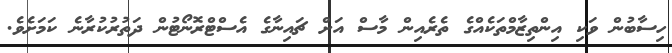
ހިސާބުން ވަކި އިންތިޒާމްތަކެއްގެ ތެރެއިން މާސް އަށް ޗައިނާގެ އެސްޓްރޮނޯޓުން ދަތުރުކުރާނެ ކަމަށެވެ.